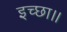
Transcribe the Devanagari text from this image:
इच्‍छा।।